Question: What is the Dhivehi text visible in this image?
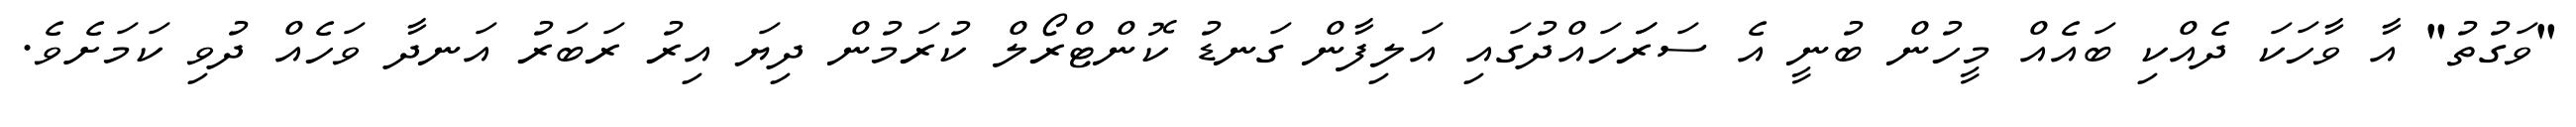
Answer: "ވަގުތު" އާ ވާހަކަ ދެއްކި ބައެއް މީހުން ބުނީ އެ ސަރަަހައްދުގައި އަލިފާން ގަނޑު ކޮންޓްރޯލް ކުރަމުން ދިޔަ އިރު ރަބަރު އަނދާ ވަހެއް ދުވި ކަމަށެވެ.